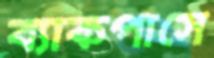
ব্যাকপাসে